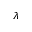
\lambda